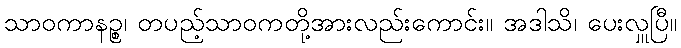
သာဝကာနဉ္စ၊ တပည့်သာဝကတို့အားလည်းကောင်း။ အဒါသိ၊ ပေးလှူပြီ။